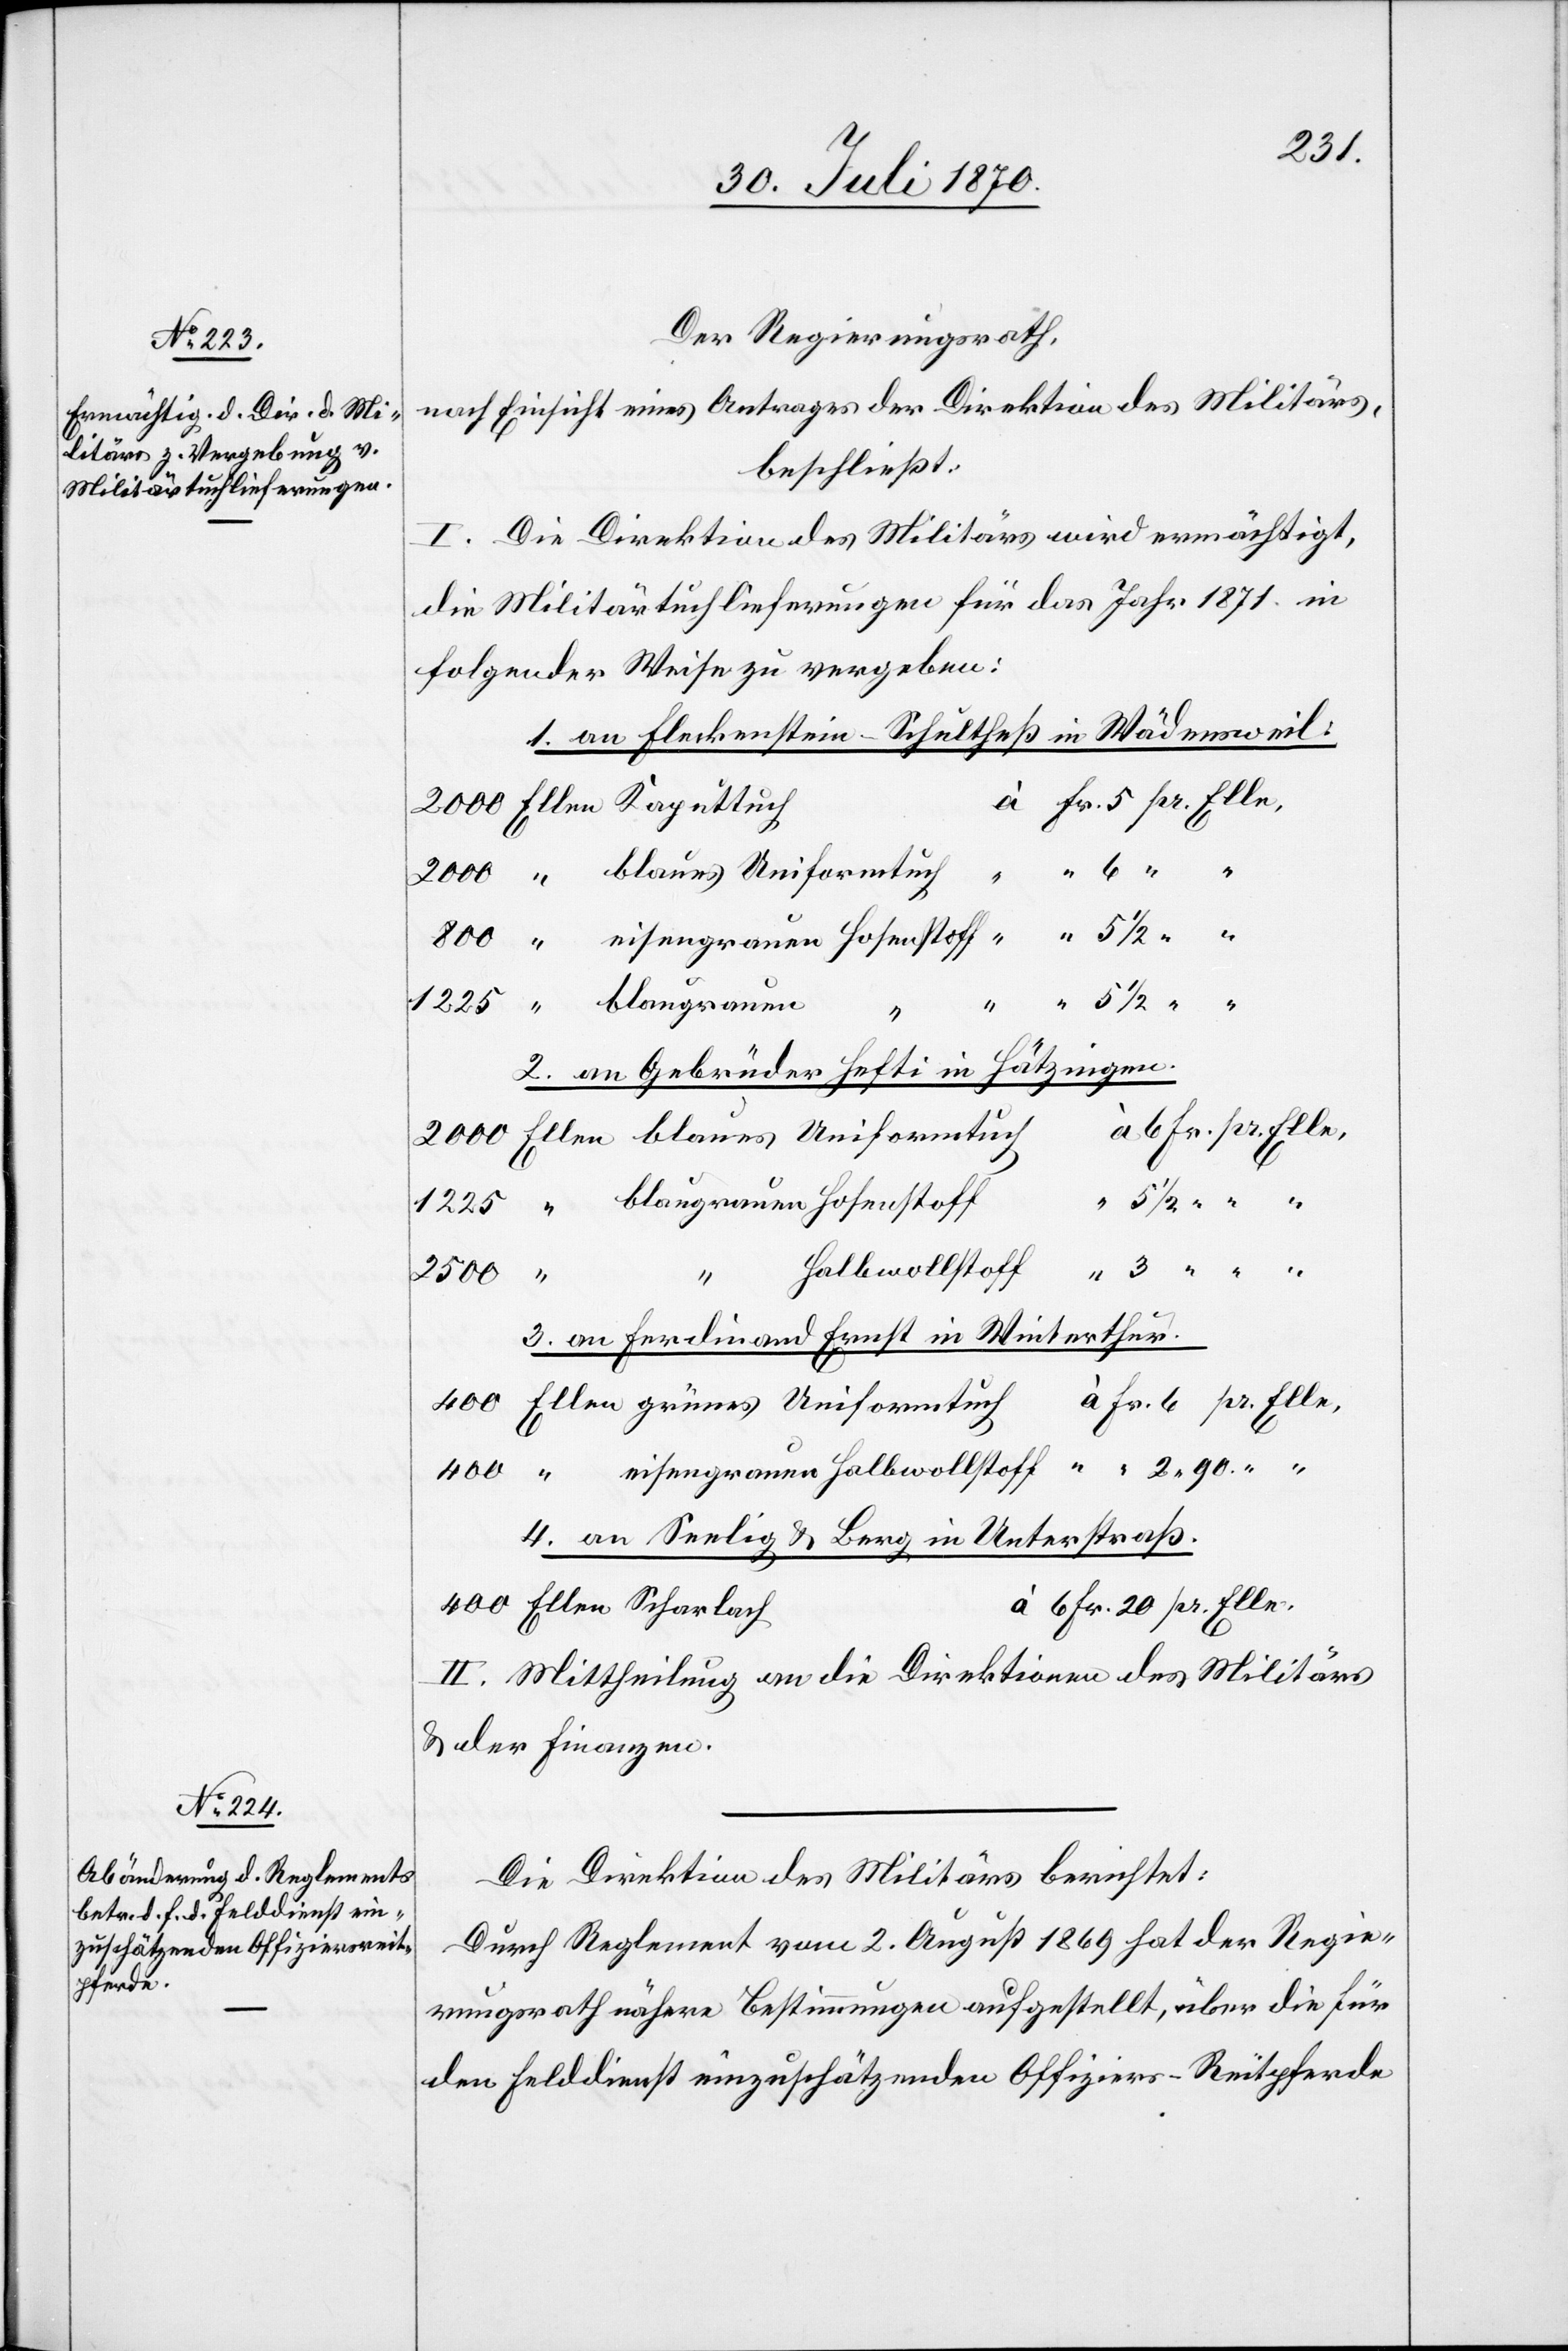
Der Regierungsrath
nach Einsicht eines Antrages der Direktion des Militärs,
beschließt:
I. Die Direktion des Militärs wird ermächtigt,
die Militärtuchlieferungen für das Jahr 1871 in
folgender Weise zu vergeben:
1. an Fleckenstein-Schultheß in Wädensweil.
Elle.
2. an Gebrüder Hefti in Hätzingen.
2500
400
20
3. an Ferdinand Ernst in Winterthur.
4. an Seelig & Berg in Unterstraß.
II. Mittheilung an die Direktionen des Militärs
& der Finanzen.
Die Direktion des Militärs berichtet:
Durch Reglement vom 2. August 1869 hat der Regie¬
rungsrath nähere Bestimmungen aufgestellt, über die für
den Felddienst einzuschätzenden Offiziers-Reitpferde